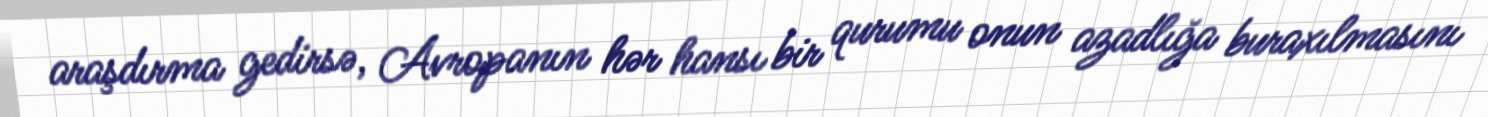
araşdırma gedirsə, Avropanın hər hansı bir qurumu onun azadlığa buraxılmasını